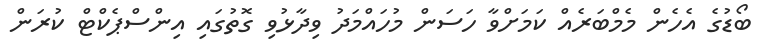
ބޯޑުގެ އެހެން މެމްބަރެއް ކަމަށްވާ ހަސަން މުހައްމަދު ވިދާޅުވި ގޮތުގައި އިންސްޕެކްޓް ކުރަން